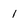
Character: 1